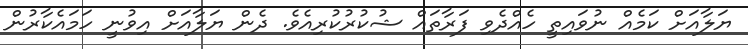
ޔަލާއަށް ކަމެއް ނުވައިތީ ހެއްދެވި ފަރާތައް ޝުކުރުކުރިއެވެ. ދެން ޔަލާއަށް އިވުނީ ހަމައެކާރުން